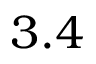
3 . 4